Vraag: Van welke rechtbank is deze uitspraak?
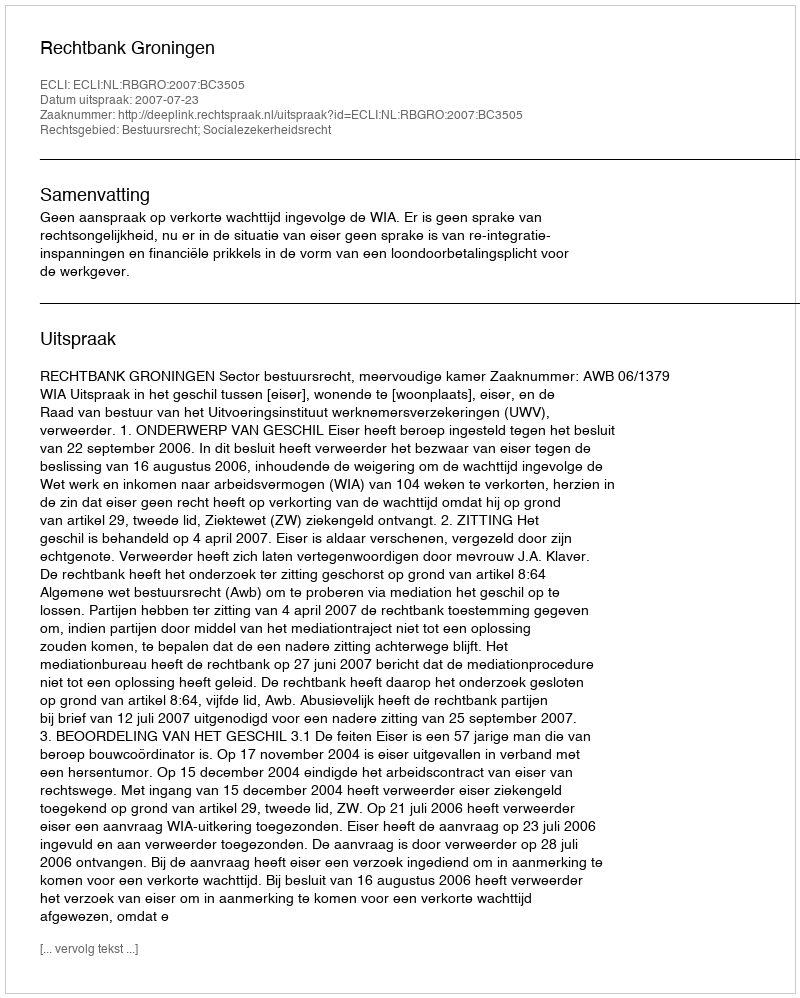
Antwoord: Rechtbank Groningen